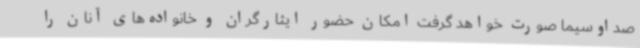
صداوسیما صورت خواهد گرفت امکان حضور ایثارگران و خانواده‌های آنان را